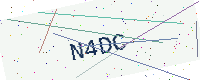
Text: N4DC